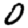
Digit: 0